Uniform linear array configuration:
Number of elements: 16
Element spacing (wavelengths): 0.25
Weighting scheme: blackman
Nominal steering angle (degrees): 30
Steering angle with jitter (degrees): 28.346
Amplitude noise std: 0.05
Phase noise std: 0.05

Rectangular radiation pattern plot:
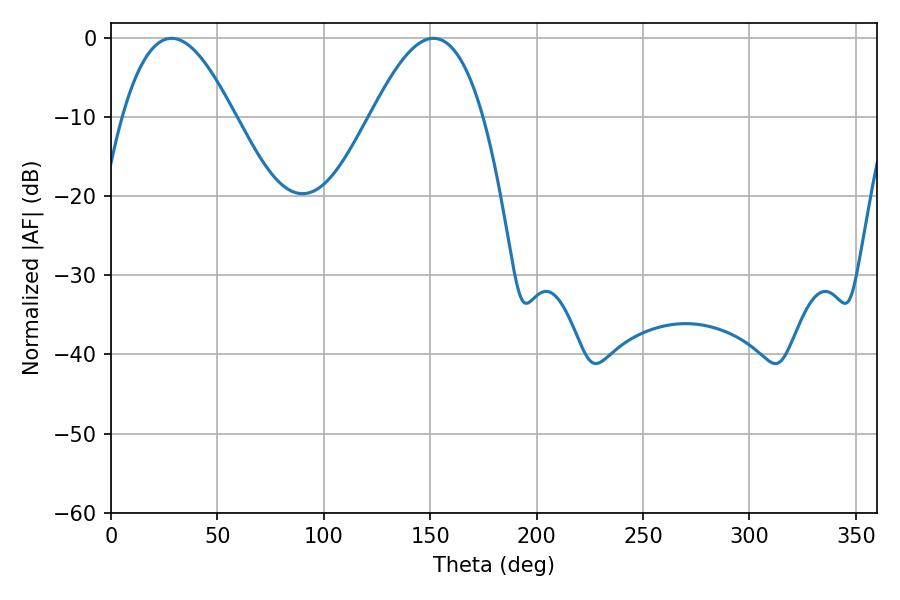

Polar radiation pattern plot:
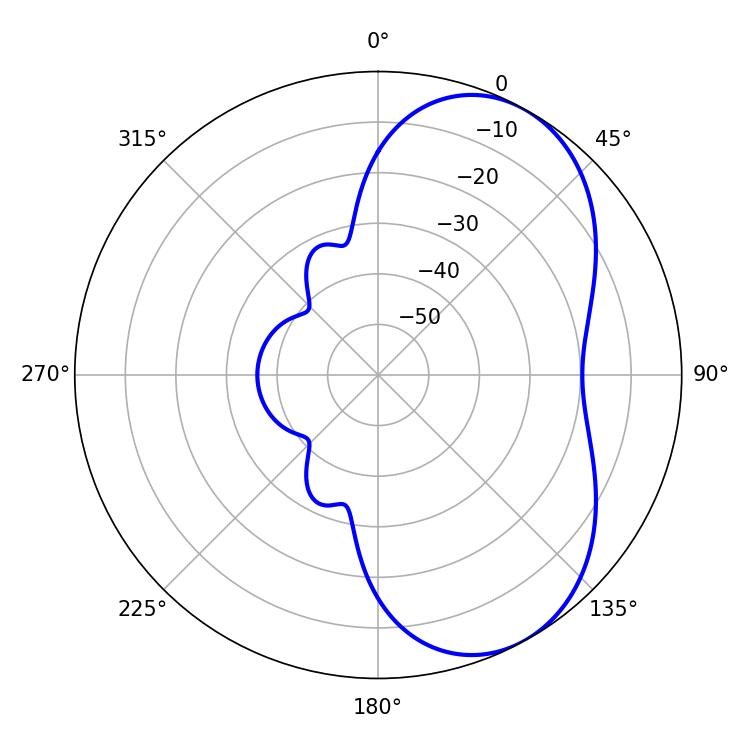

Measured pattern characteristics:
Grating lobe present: FALSE
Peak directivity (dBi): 5.606
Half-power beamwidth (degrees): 28.62
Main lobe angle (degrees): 28.44